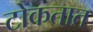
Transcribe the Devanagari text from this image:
टोकतात